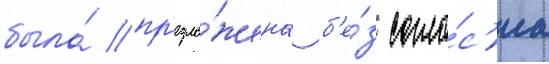
была́ пр'едло́жена б'е́з согла́с'иа